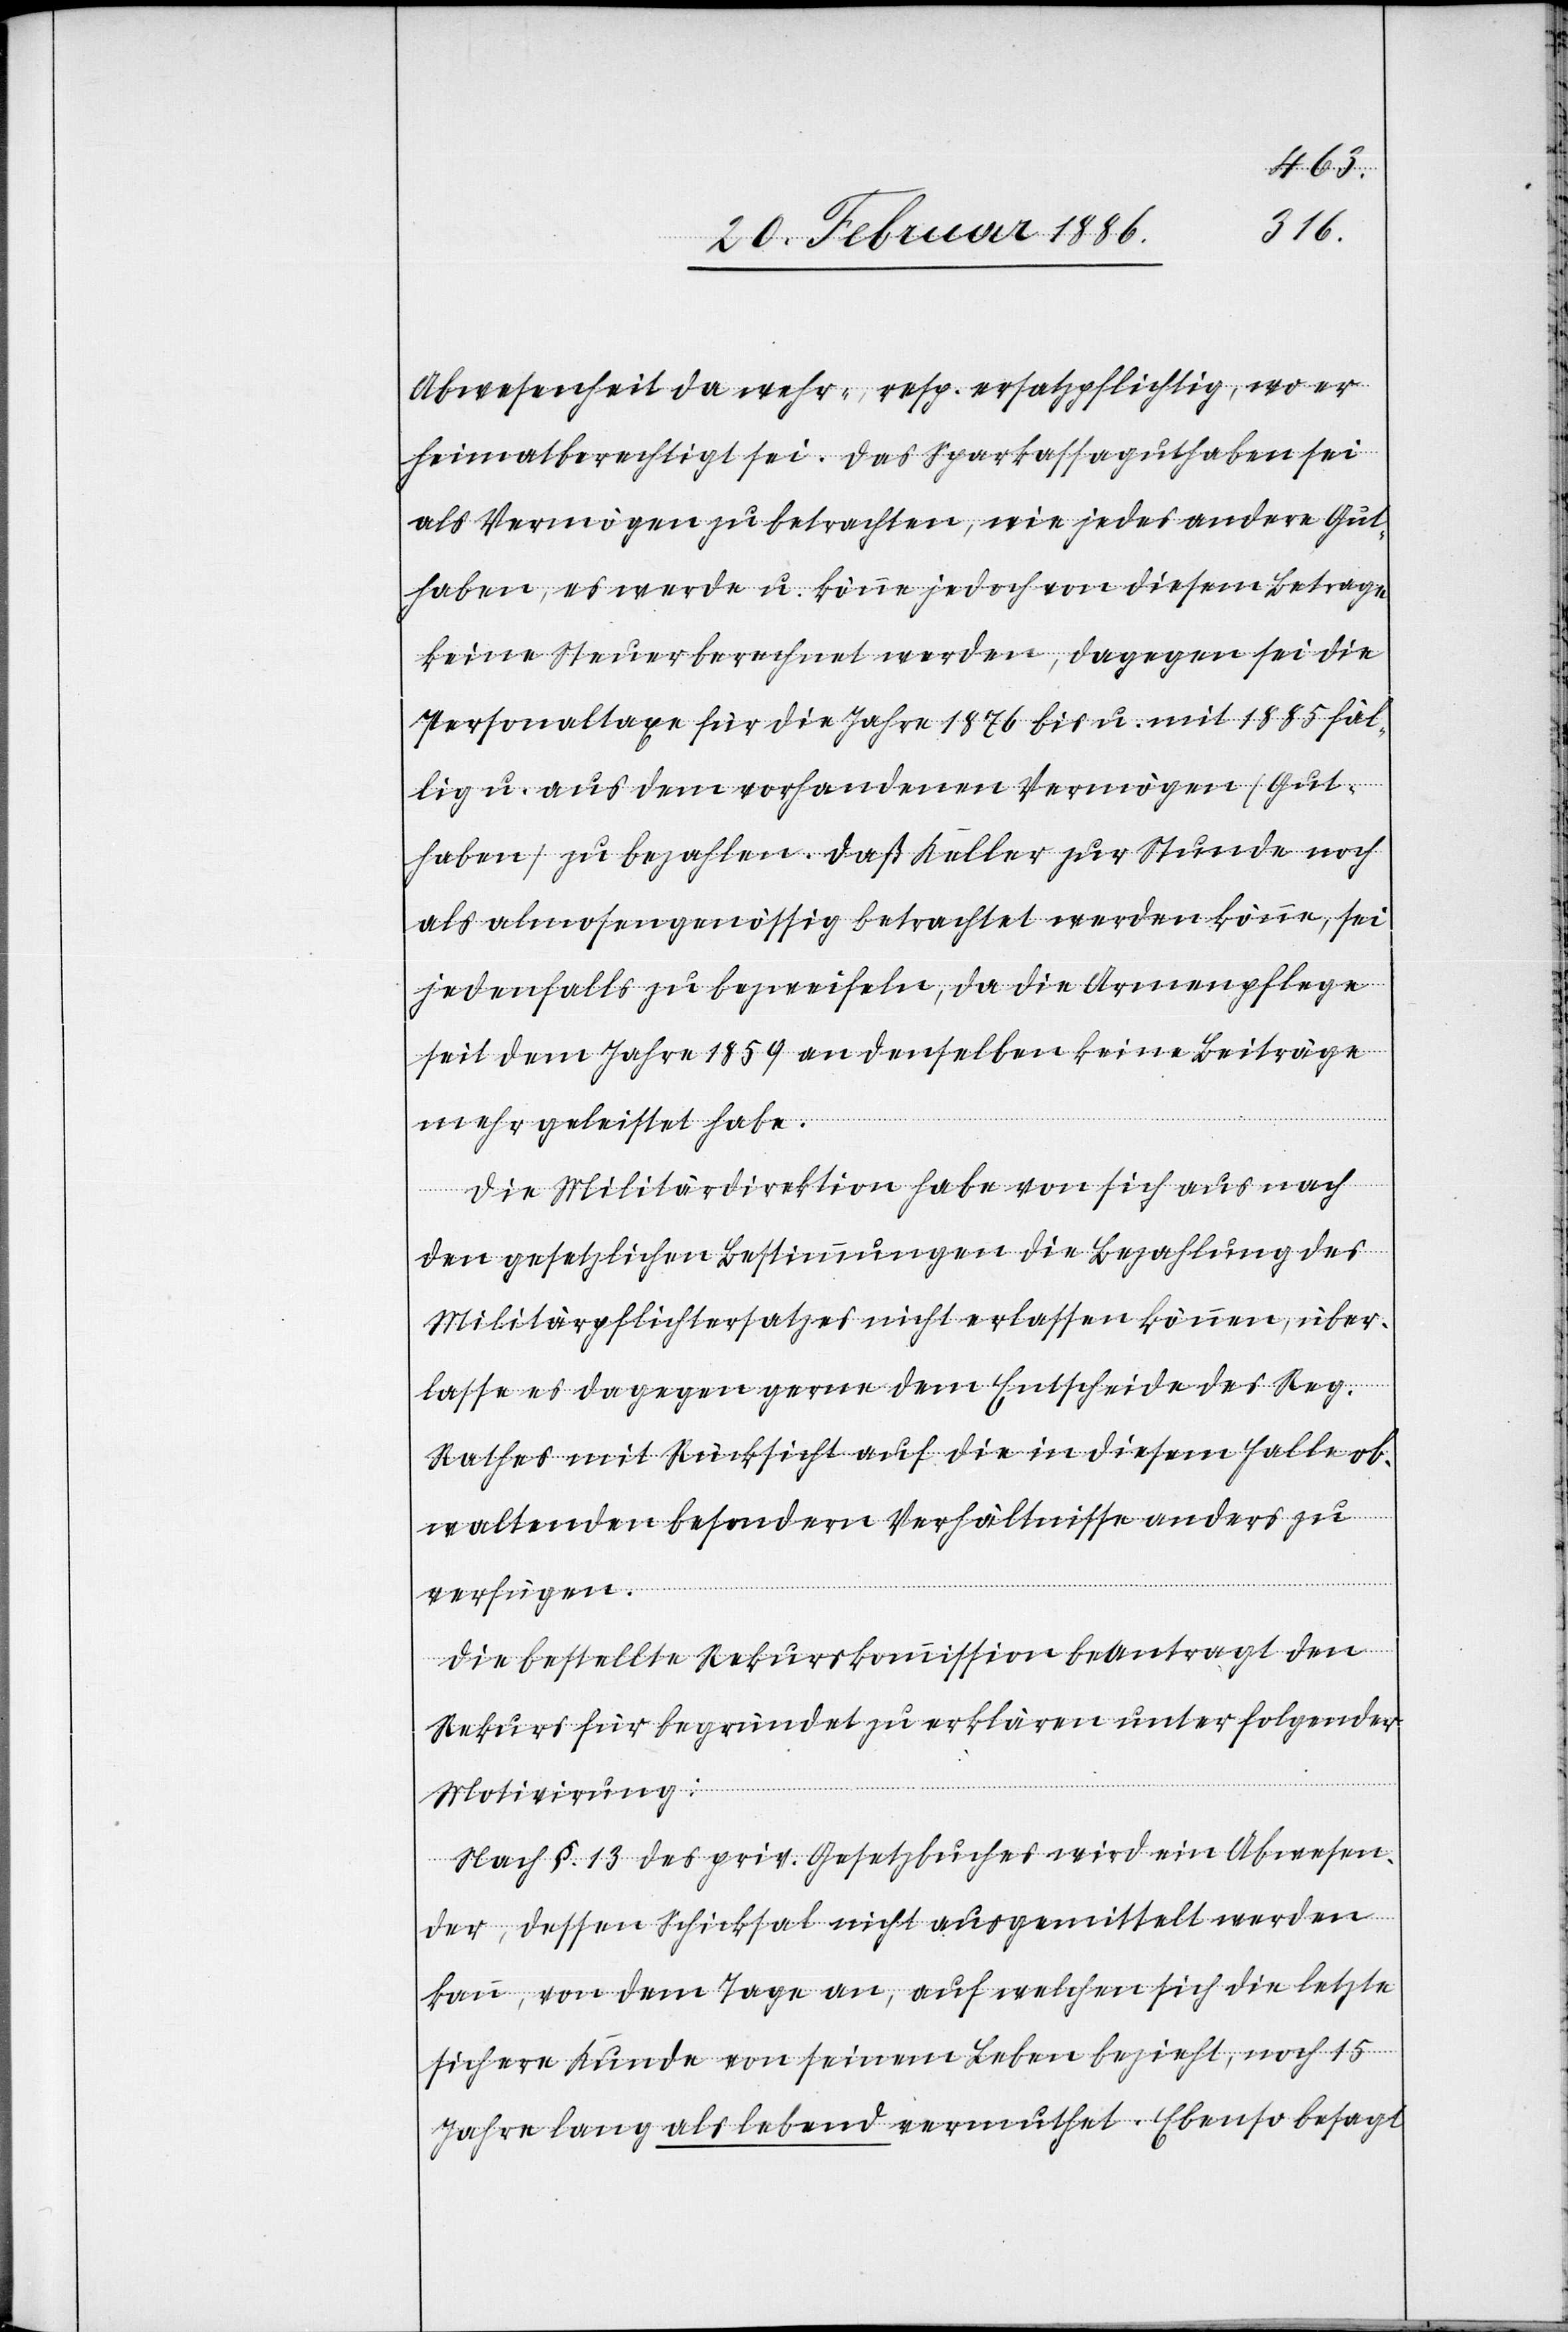
Abwesenheit da wehr-, resp. ersatzpflichtig, wo er
heimatberechtigt sei. Das Sparkassaguthaben sei
als Vermögen zu betrachten, wie jedes andere Gut¬
haben, es werde u. könne jedoch von diesem Betrage
keine Steuer berechnet werden, dagegen sei die
Personaltaxe für die Jahre 1876 bis u. mit 1885 fäl¬
lig u. aus dem vorhandenen Vermögen (Gut¬
haben) zu bezahlen. Daß Keller zur Stunde noch
als almosengenössig betrachtet werden könne, sei
jedenfalls zu bezweifeln, da die Armenpflege
seit dem Jahre 1859 an denselben keine Beiträge
mehr geleistet habe.
Die Militärdirektion habe von sich aus nach
den gesetzlichen Bestimmungen die Bezahlung des
Militärpflichtersatzes nicht erlassen können, über¬
lasse es dagegen gerne dem Entscheide des Reg.
Rathes mit Rücksicht auf die in diesem Falle ob¬
waltenden besondern Verhältnisse anders zu
verfügen.
Die Bestellte Rekurskommission beantragt den
Rekurs für begründet zu erklären unter folgender
Motivierung:
nach §. 13 des priv. Gesetzbuches wird ein Abwesen¬
der, dessen Schicksal nicht ausgemittelt werden
kann, von dem Tage an, auf welchen sich die letzte
sichere Kunde von seinem Leben bezieht, noch 15
Jahre lang als lebend vermuthet. Ebenso besagt